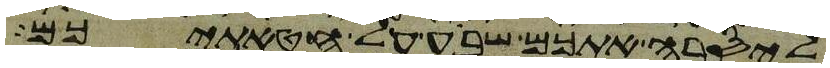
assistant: ליסרה אתכם שבע על חטאתיכם